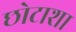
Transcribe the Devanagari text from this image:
छोटाशा